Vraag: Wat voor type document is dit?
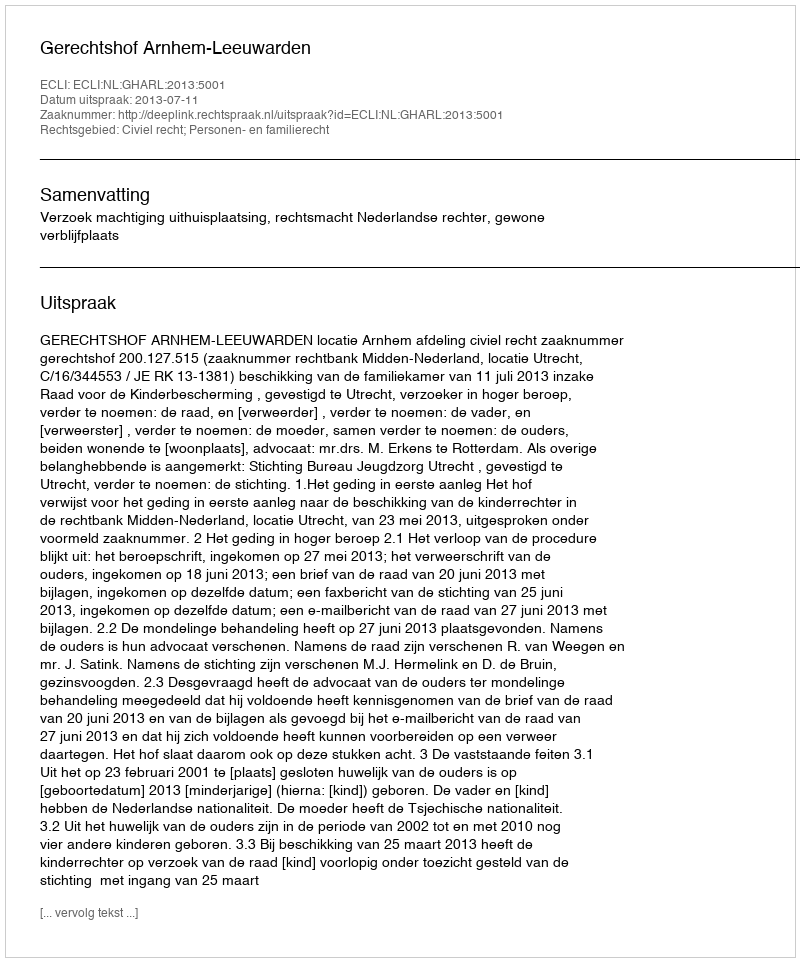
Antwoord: Uitspraak